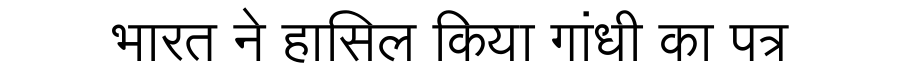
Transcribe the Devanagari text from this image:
भारत ने हासिल किया गांधी का पत्र